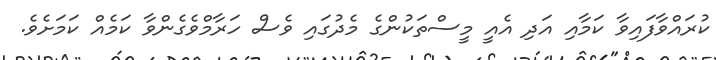
ކުރައްވާފައިވާ ކަމާއި އަދި އެއީ މީސްތަކުންގެ މެދުގައި ވެސް ހަރާމްވެގެންވާ ކަމެއް ކަމަށެވެ.